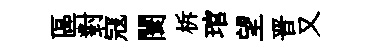
區對寇闤柝琯望晋又